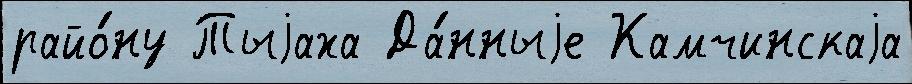
райо́ну Тыjаха Да́нныjе Камчинскаjа